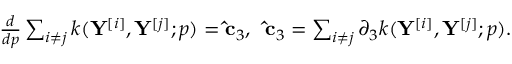
\begin{array} { r } { \frac { d } { d { p } } \sum _ { i \neq j } k ( \mathbf { Y } ^ { [ i ] } , \mathbf { Y } ^ { [ j ] } ; p ) = \mathbf { \hat { c } } _ { 3 } , \; \; \mathbf { \hat { c } } _ { 3 } = \sum _ { i \neq j } \partial _ { 3 } k ( \mathbf { Y } ^ { [ i ] } , \mathbf { Y } ^ { [ j ] } ; p ) . } \end{array}